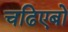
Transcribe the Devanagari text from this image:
चढिएबो